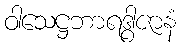
ဝါသေဋ္ဌဘာရဒွါဇာနံ